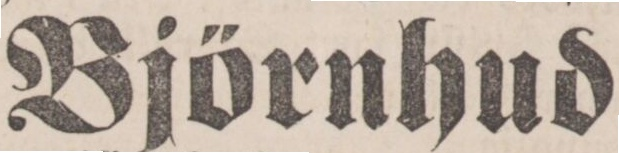
Björnhud